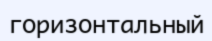
горизонтальный